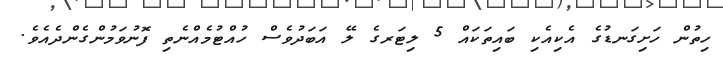
ހިތުން ހަށިގަނޑުގެ އެކިއެކި ބައިތަކައް 5 ލިޓަރގެ ލޭ އަބަދުވެސް ހުއްޓުމެއްނެތި ފޮނުވަމުންގެންދެއެވެ.